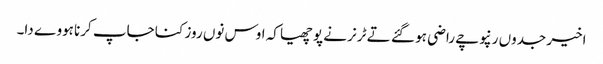
اخیر جدوں رنپوچے راضی ہو گئے تے ٹرنر نے پوچھیا کہ اوس نوں روز کنا جاپ کرنا ہووے دا۔